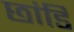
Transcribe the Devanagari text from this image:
छांडि